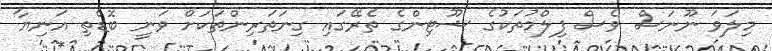
މިލަވަ ނޫނަސް ވެސް ފިލްމުތަކުގެ ޝޫޓިންގެ ތެރޭގައި ގިނަތަރިންތަކަށް ވަނީ ބޮޑެތި އަނިޔާ